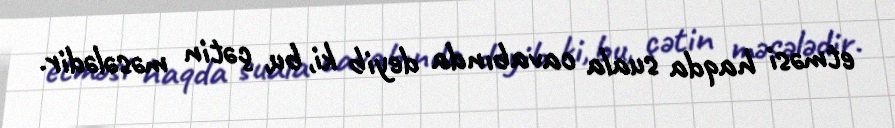
etməsi haqda suala cavabında deyib ki, bu, çətin məsələdir.